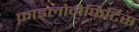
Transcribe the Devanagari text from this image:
फ़ाइलोनेफिर्टिस